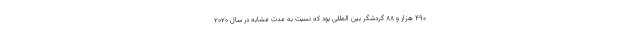
۴۹۰ هزار و ۸۸ گردشگر بین المللی بود که نسبت به مدت مشابه در سال ۲۰۲۰